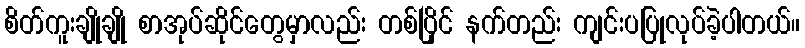
စိတ်ကူးချိုချို စာအုပ်ဆိုင်တွေမှာလည်း တစ်ပြိုင် နက်တည်း ကျင်းပပြုလုပ်ခဲ့ပါတယ်။